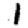
Digit: 1